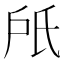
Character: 𣱆